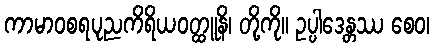
ကာမာဝစရပုညကိရိယဝတ္ထူနိ၊ တို့ကို။ ဥပ္ပါဒေန္တဿ စေဝ၊